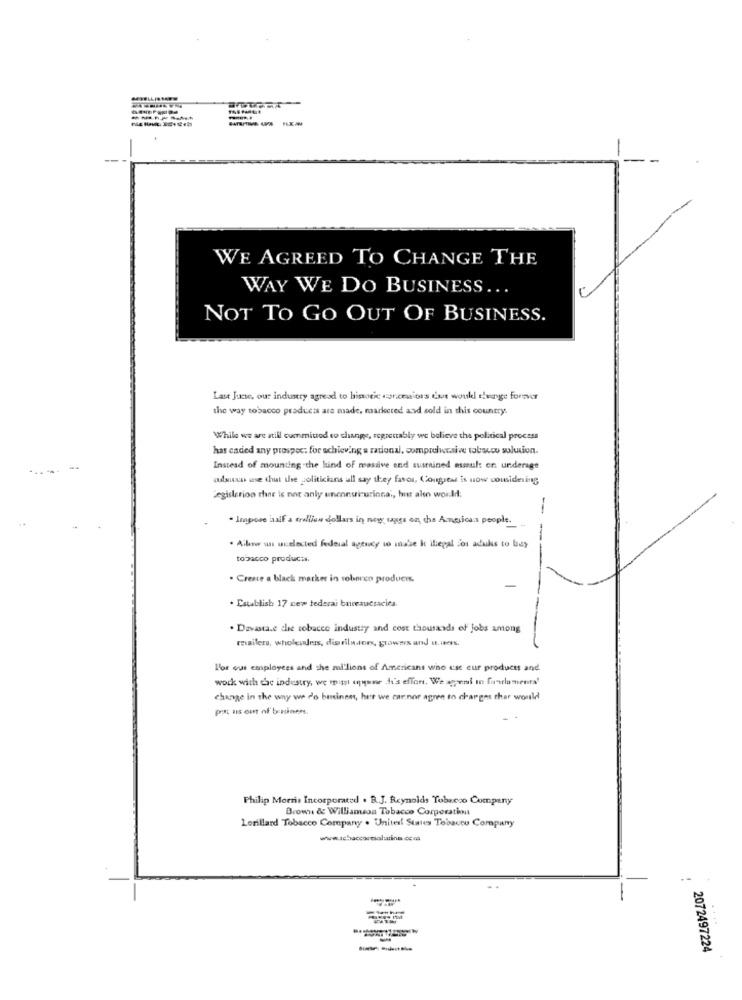
WE AGREED TO CHANGE THE
WAY WE DO BUSINESS ...
NOT TO GO OUT OF BUSINESS.
Last June, our industry agreed to binotic arcealors Cat would theryge forsvar
the way tobacco products are made, marketed and sold in this country.
While we are still committed to change, regrettably we believe the political process
has cadied any prospec: for achieving a rational, comprelucaive tobacco solution.
---
Instead of mounting the kind of massive end sustained msmul: on underage
odsun use that the politicians all say they favor, Congreat is now considering
Jegislerion thee is not anly unconsizurinnai, hur also world:
-
Impose half a tralien dollars in new uggs on the Americans people.
. Allow us unelected federal agency to make it liepal for adukas to buy
tobacco products.
. Create a black market in sobreo produen.
. Establish 17 cew federal bureaucracies.
. Davasta.e che tobacco industry and cost thousands of Jobs among
retailers, wholesalers, diarila.for, growers and a. mes.
For our employees and she mi'lions of Americans who cse eur products and
work with the industry, we mit anyone di's effon. We agent in finelaments'
change in the way we d'o beinen, hur we car.nor agree to charges char would
pot us out of bassinen.
Philip Morris Incorporated . B.J. Reynolds Tobacco Company
Brown & Williamson Tobacco Corporativa
Lorillard Tobacco Company . United! States Tobacco Compuny
2072497224